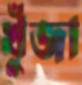
খুঁজা